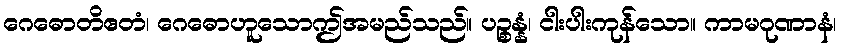
ဂေဓောတိဧတံ၊ ဂေဓောဟူသောဤအမည်သည်။ ပဉ္စန္နံ၊ ငါးပါးကုန်သော။ ကာမဂုဏာနံ၊